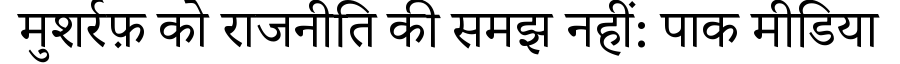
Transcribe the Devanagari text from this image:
मुशर्रफ़ को राजनीति की समझ नहीं: पाक मीडिया